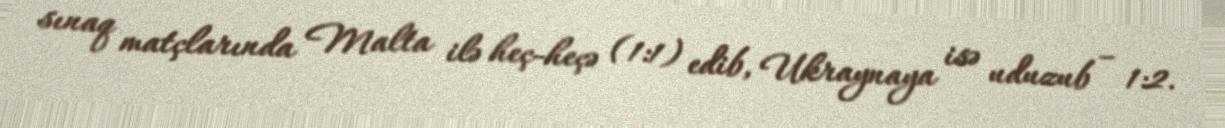
sınaq matçlarında Malta ilə heç-heçə (1:1) edib, Ukraynaya isə uduzub – 1:2.